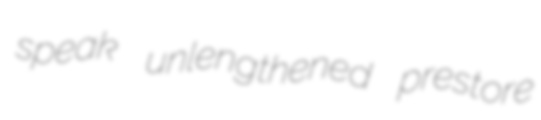
speak unlengthened prestore